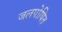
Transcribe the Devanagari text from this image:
जलपोषित